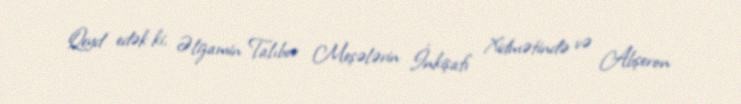
Qeyd edək ki, Əlizamin Talıbov Meşələrin İnkişafı Xidmətində və Abşeron